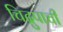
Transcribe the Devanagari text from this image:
चिद्रुपाची